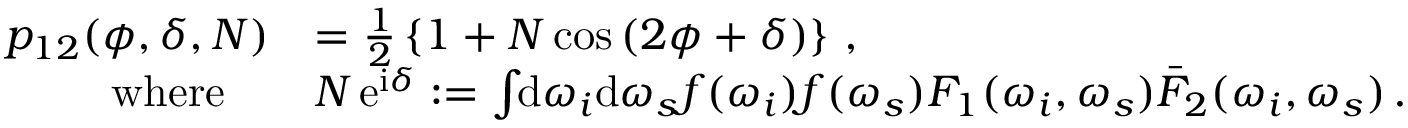
\begin{array} { r l } { p _ { 1 2 } ( \phi , \delta , N ) } & { = \frac { 1 } { 2 } \left\{ 1 + N \cos \left( 2 \phi + \delta \right) \right\} \, , } \\ { \mathrm { w h e r e } \quad } & { N \, \mathrm { e } ^ { \mathrm { i } \delta } : = \int \! \! \mathrm { d } \omega _ { i } \mathrm { d } \omega _ { s } f ( \omega _ { i } ) f ( \omega _ { s } ) F _ { 1 } ( \omega _ { i } , \omega _ { s } ) \bar { F } _ { 2 } ( \omega _ { i } , \omega _ { s } ) \, . } \end{array}